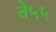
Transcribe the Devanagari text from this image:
ते५५